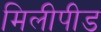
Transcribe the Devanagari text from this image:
मिलीपीड